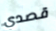
قصدي